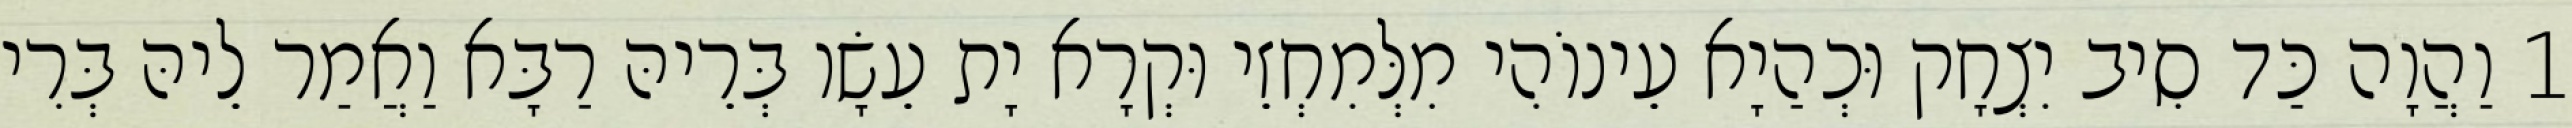
1 וַהֲוָה כַּד סִיב יִצְחָק וּכְהַיָא עֵינוֹהִי מִלְּמִחְזֵי וּקְרָא יָת עֵשָׂו בְּרֵיהּ רַבָּא וַאֲמַר לֵיהּ בְּרִי